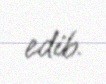
edib.